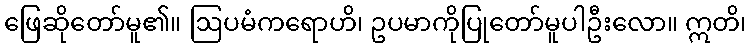
ဖြေဆိုတော်မူ၏။ ဩပမံကရောဟိ၊ ဥပမာကိုပြုတော်မူပါဦးလော။ ဣတိ၊